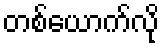
တစ်ယောက်လို